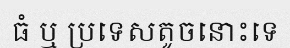
ធំ ឬ ប្រទេសតូចនោះទេ